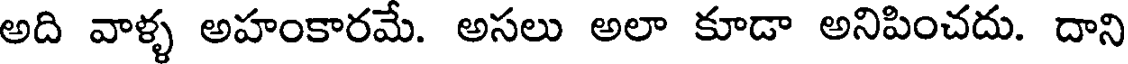
అది వాళ్ళ అహంకారమే. అసలు అలా కూడా అనిపించదు. దాని